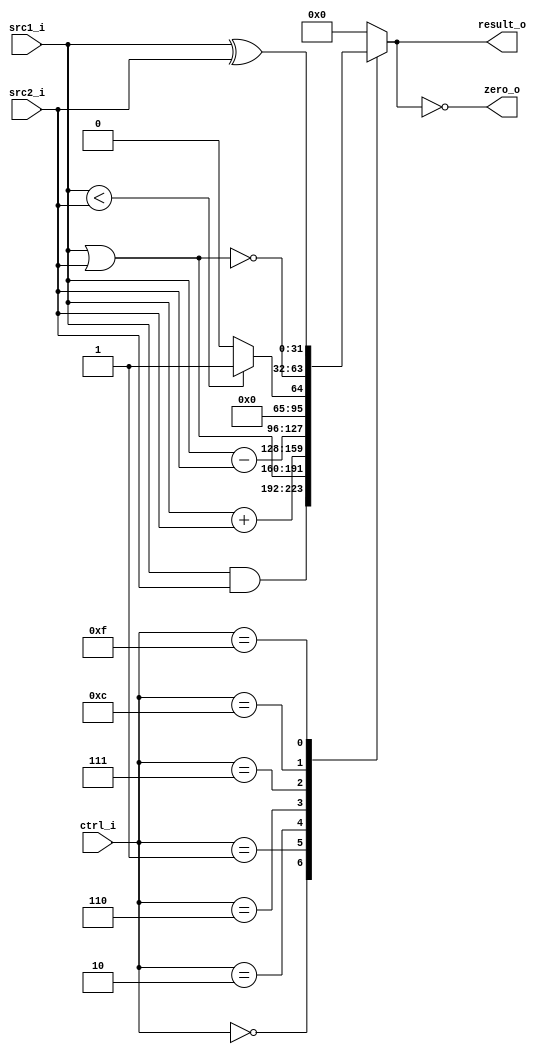
//Subject:     CO project 2 - ALU
//--------------------------------------------------------------------------------
//Version:     1
//--------------------------------------------------------------------------------
//Writer:      
//----------------------------------------------
//Date:        
//----------------------------------------------
//Description: 
//--------------------------------------------------------------------------------

module ALU(
    src1_i,
	src2_i,
	ctrl_i,
	result_o,
	zero_o
	);
     
//I/O ports
input  [32-1:0]  src1_i;
input  [32-1:0]	 src2_i;
input  [4-1:0]   ctrl_i;

output [32-1:0]	 result_o;
output           zero_o;

//Internal signals
reg    [32-1:0]  result_o;
//wire             zero_o;

//Parameter

//Main function
assign zero_o = (result_o == 0);
always @(ctrl_i, src1_i, src2_i) begin
    case(ctrl_i)
        0: result_o <= src1_i & src2_i;
        1: result_o <= src1_i | src2_i;
        2: result_o <= src1_i + src2_i;
        6: result_o <= src1_i - src2_i;
        7: result_o <= src1_i < src2_i ? 1:0;
        12: result_o <= ~(src1_i | src2_i); //nor
        15: result_o <= src1_i ^ src2_i; //xor
        default: result_o <= 0;
    endcase
end
/*
assign zero_o = (result_o == 0)? 1 : 0;
always @(src1_i, src2_i, ctrl_i) begin
	case(ctrl_i)
		4'b0000: result_o = src1_i & src2_i; //  and
		4'b0001: result_o = src1_i | src2_i; //  or
		4'b0010: result_o = src1_i + src2_i; // add
		4'b0110: result_o = src1_i - src2_i; // sub
		4'b0111: result_o = (src1_i < src2_i)? 1 : 0; // slt
		4'b1100: result_o = ~(src1_i | src2_i); // Nor
		4'b1111: result_o = src1_i ^ src2_i; // xor
	endcase
end
*/

endmodule